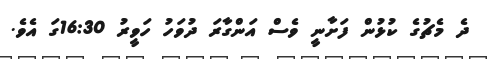
ދެ މެޗުގެ ކުޅުން ފަށާނީ ވެސް އަންގާރަ ދުވަހު ހަވީރު 16:30ގަ އެވެ.